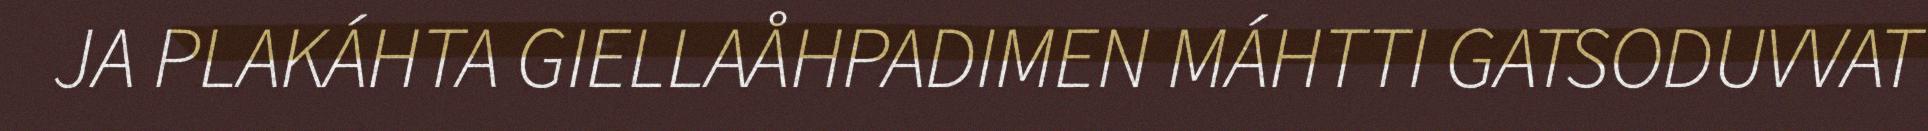
JA PLAKÁHTA GIELLAÅHPADIMEN MÁHTTI GATSODUVVAT